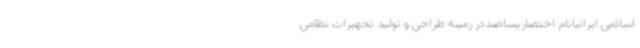
اسلامی ایرانبانام اختصاریساصددر زمینه طراحی و تولید تجهیزات نظامی